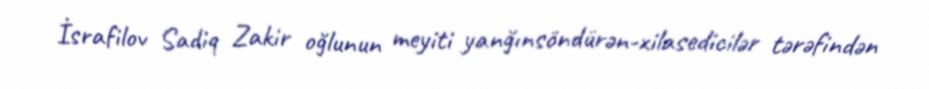
İsrafilov Sadiq Zakir oğlunun meyiti yanğınsöndürən-xilasedicilər tərəfindən